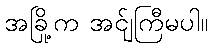
အခြို့က အင်ျကြီမပါ။